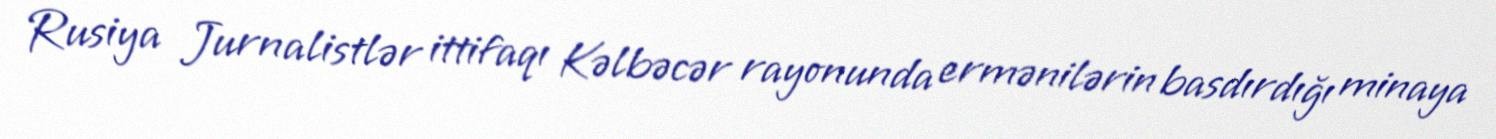
Rusiya Jurnalistlər ittifaqı Kəlbəcər rayonunda ermənilərin basdırdığı minaya